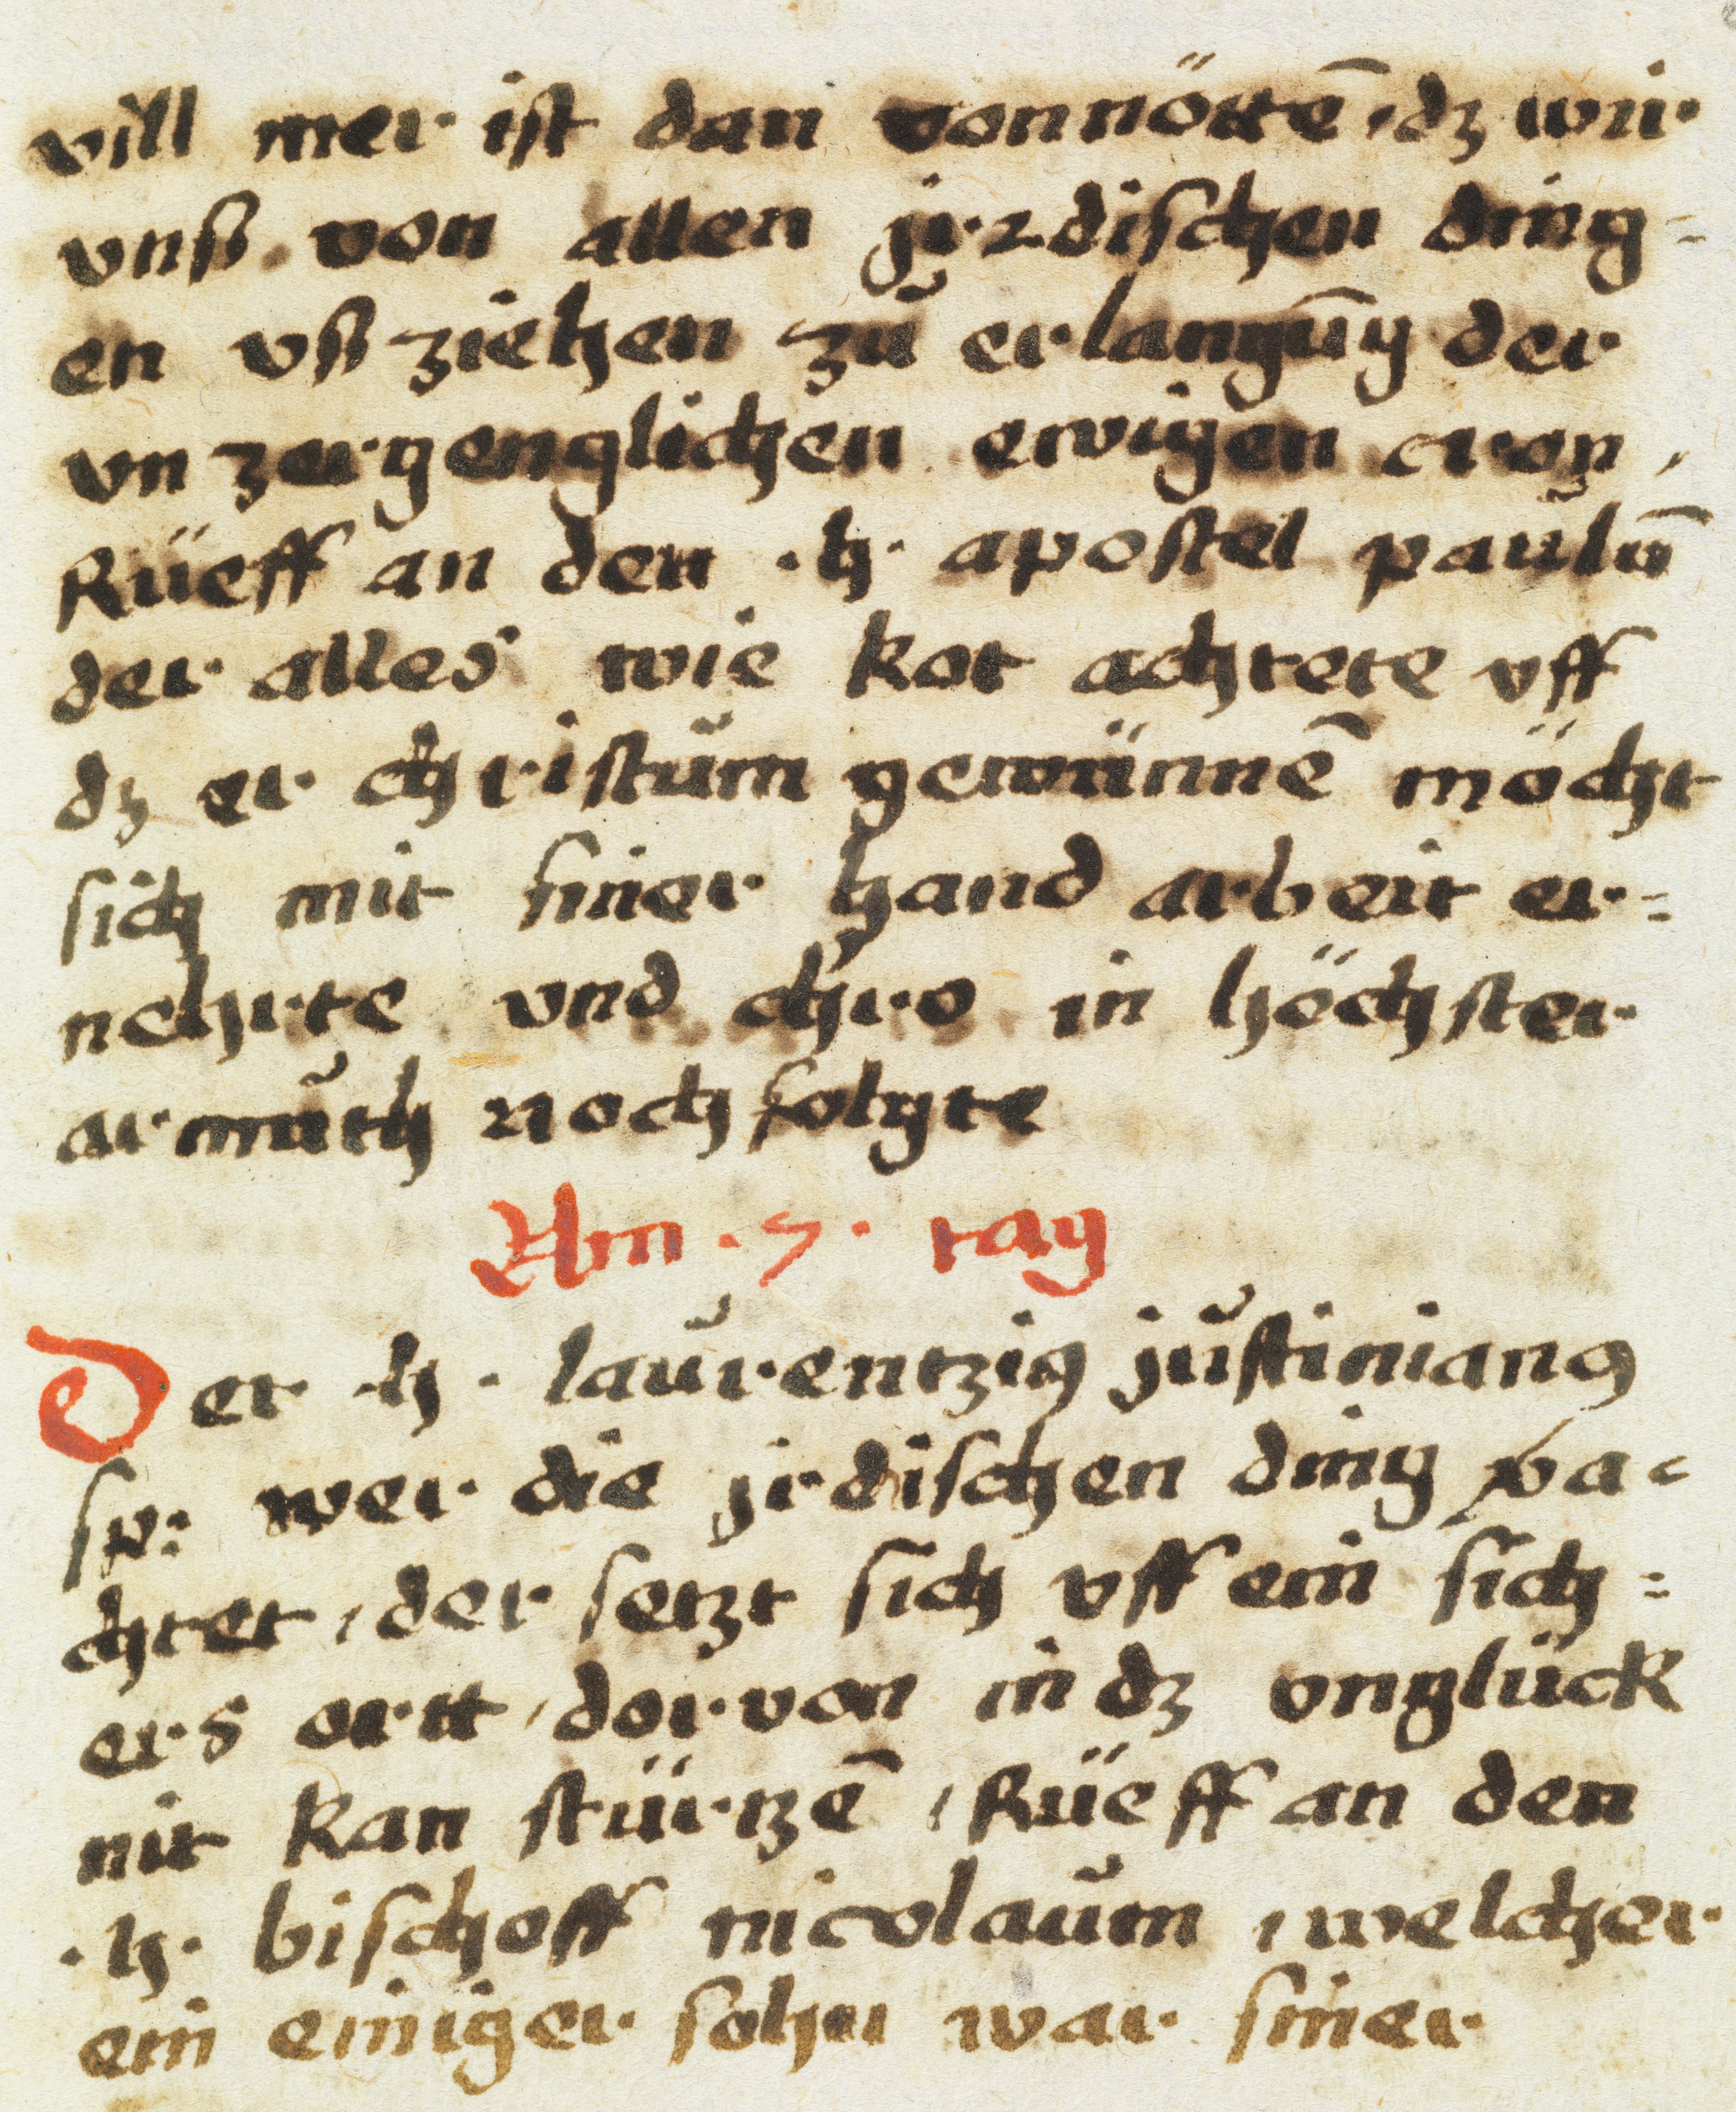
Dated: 1605–1635